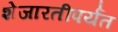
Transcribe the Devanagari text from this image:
शेजारतीपर्यंत